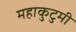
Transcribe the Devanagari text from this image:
महाकुटुमी